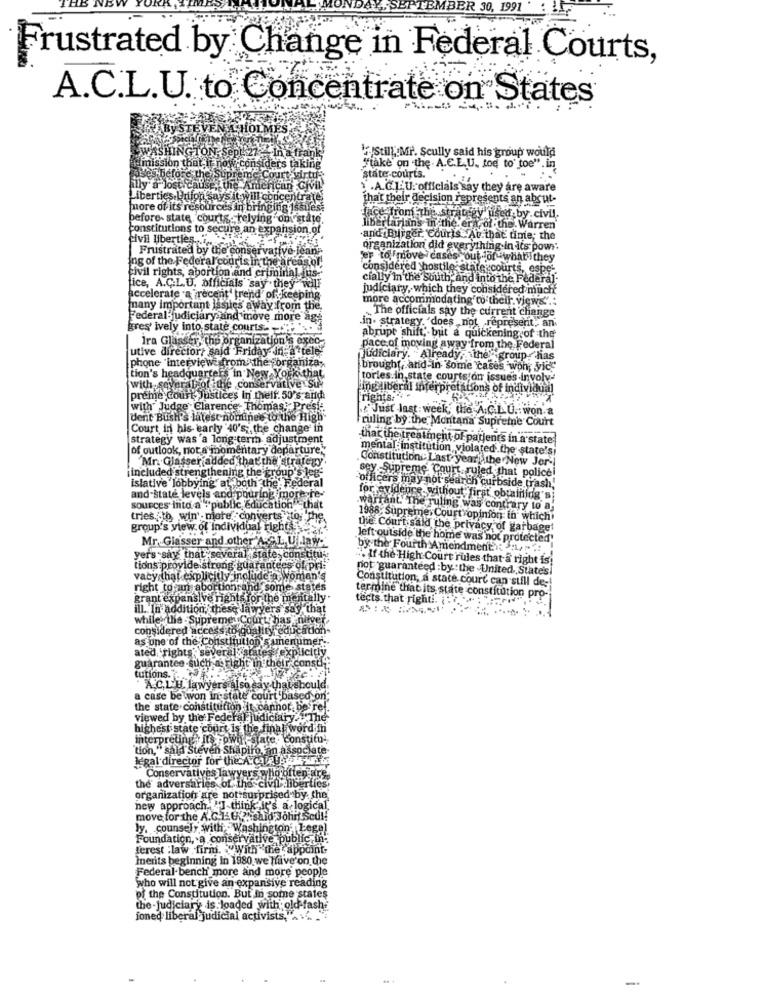
ER 30, 1991
Frustrated by Change in Federal Courts,
A.C.L.U. to Concentrate on States
HOLD
WASHINGTON.
mission that it
"Stil):Mr. Scully said his group would
Iders taking
"take on the A.C.E.U. toe to toe". in
defore
state-courts.
1 .A.C.L.U.officials say they are aware
iberties.Uhrtion.
That their decision represents an absut-
more of i
before- state, courts. relying on state.
face from the strategy used by civil.
constitutions to
xpansion.of
libertarians in the er rol the Warren'
Civil liberties
.and Burger. Couris Au that time; the
Frustrated by the cor
five-Jean
organization did everything in Its powr.
ing of the Federal courts in the ar
'er tofmove cases out of what they
civil rights, abortion and criminal jus
considered hostile state courts, espe-
cially'in the south, and into the Federal
ice, A.C.L.U. officials say . they will
judiciary, which they considered much
accelerate afrecent' trend' of keeping
more accommodating'to their. views ..
many important issues away from the
The officials say the current change
Federal judiciary ind move more ag
gres' ively into state courts .- - so
in. strategy. "does not represent, an
Ira Glasser, the organization's exec-
abrupt shift, but a quickening of the
utive director, said Friday in a tele
pace of moving away from the Federal
phone "interviewedfrom the porganiza,
judiciary. Already, then group has
brought, and In some cases won; Vid
Lion's headquarters in New York that
tories.in state courts on issues involve
with several of the conservative su
Ling liberal interpretations of individual
preme court, Justices in theif. 50's and
[rights.
with Judge Clarence Thomas: Presie.
f' Just last week, the A.C.L.U .: won. a
dent Bush's latest nominee to the High-
ruling by the Montana Supreme Court
Court in his early 40's; the change in
strategy was a long-term adjustment
that the treatment of patients in a state
of outlook, not a momentary departure;
mental institution violated.the state'si
Mr. Glasser added that the strategy
Constitution Last year .the New Jer -!
sey -Supreme Court ruled that policei
¡included strengthening the group's leg-
islative lobbying" at both the Federal
'officers may not search curbside trash.
and-state levels and pouring more te-
for evidence without first obtaining si
sources into a "public education" that
.warrant. The ruling was contrary to a;
tries to win. niete .: converts ctor The
1988; Supreme Court opinion in which
group's view of individual rights
the Court said the privacy of garbage'
Mr. Glasser and other A.C.L. U. law-'
left outside the home was not protected"
by the Fourth Amendment. . ...
yers say that several state, constitu;
. If the High Court rules that a right is;
tions provide strong guarantees of pri:
not guaranteed :by: the United States)
vacy that explicitly include a woman's
right to an abortion and some states
Constitution, a state court can still de-
grant expansive rights for the mentally
tects that right ...
termine that its state constitution pro-
ill. In addition, these lawyers say that
while the - Supreme Court has
considered access to quality educat
as one of the Constitui
istitution samenumer ..
ated, 'rights' several: states / exp
guarantee-such a' right in their const
tutions. .
ACLU lawyer
ày.tha
acase be won In state court
the state constitution it cannot be're
viewed by the Federal judiciary. . "The
highest state court is the final
vord In
interpreting its por
estate. con
"tion," said Steven Shapiro an associate-
legal director for' the A.cal UN'
Conservatives lawyers who often are
the' adversaries of the civil liberties
organization are not surprised by
the
new approach. "I think it's a logi
move for the A.G.L.U ?. said John sed !!
ly. counsel, with . Washington Legal
Foundation, a conservative public in-
ferest :law firm. With the appoint-
Inerits beginning in 1980 we Have on the
Federal-bench' more and more people
who will not give an expansive reading
of the Constitution. But In some states
the -judiciary is loaded with old fashi
ioned liberal judicial activists